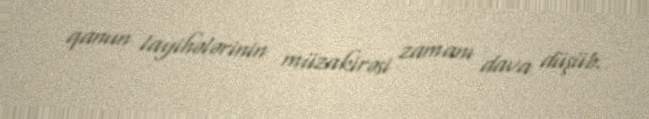
qanun layihələrinin müzakirəsi zamanı dava düşüb.